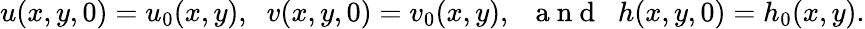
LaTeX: \begin{array}{r}{u(x,y,0)=u_{0}(x,y),\; \; v(x,y,0)=v_{0}(x,y),\; \; \mathrm{~a~n~d~}\; \; h(x,y,0)=h_{0}(x,y).}\end{array}